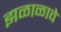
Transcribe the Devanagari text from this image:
झळाळावे